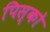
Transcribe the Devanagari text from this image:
पिस्को